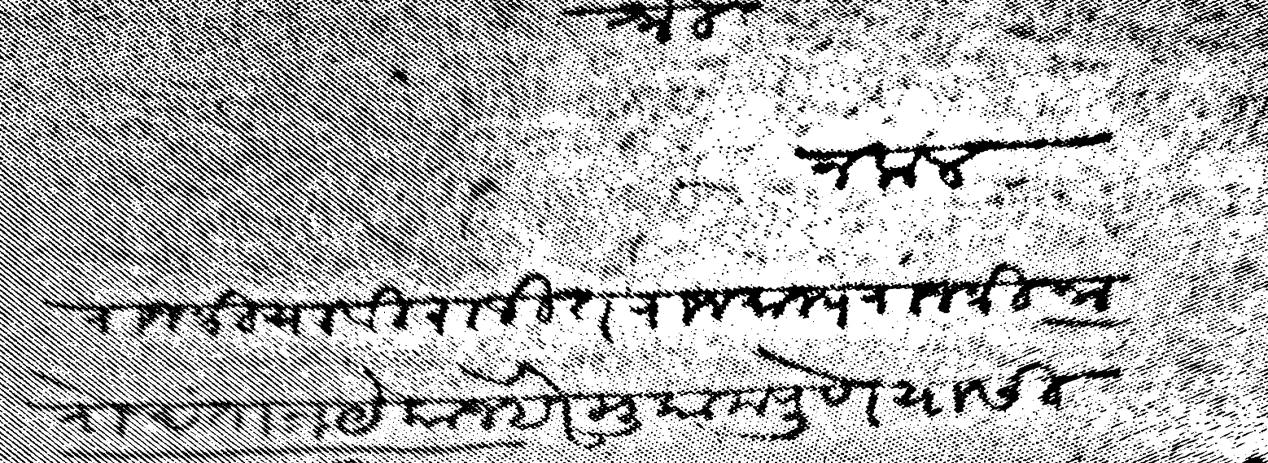
Transliteration (Devanagari): श्री नकल राजश्रिया विराजीत राजमान्य राजश्री नारो दतात्रये कान्हेरे मुकाम पुणे यासी